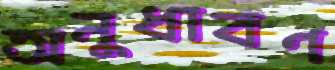
অনুধাবণ